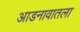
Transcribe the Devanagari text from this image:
आडनावातला